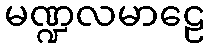
မဏ္ဍလမာဠေ